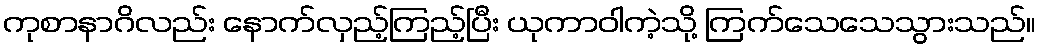
ကုစာနာဂိလည်း နောက်လှည့်ကြည့်ပြီး ယုကာဝါကဲ့သို့ ကြက်သေသေသွားသည်။